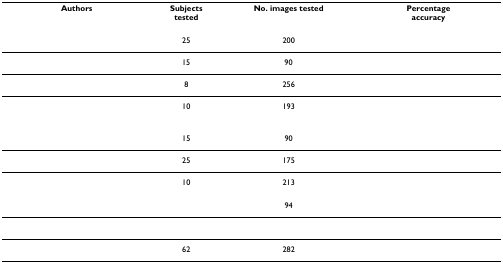
<table><thead><tr><td><b>Authors</b></td><td><b>Subjectstested</b></td><td><b>No. images tested</b></td><td><b>Percentageaccuracy</b></td></tr></thead><tbody><tr><td>[EMPTY_CELL]</td><td>25</td><td>200</td><td>[EMPTY_CELL]</td></tr><tr><td>[EMPTY_CELL]</td><td>15</td><td>90</td><td>[EMPTY_CELL]</td></tr><tr><td>[EMPTY_CELL]</td><td>8</td><td>256</td><td>[EMPTY_CELL]</td></tr><tr><td>[EMPTY_CELL]</td><td>10</td><td>193</td><td>[EMPTY_CELL]</td></tr><tr><td>[EMPTY_CELL]</td><td>15</td><td>90</td><td>[EMPTY_CELL]</td></tr><tr><td>[EMPTY_CELL]</td><td>25</td><td>175</td><td>[EMPTY_CELL]</td></tr><tr><td>[EMPTY_CELL]</td><td>10</td><td>213</td><td>[EMPTY_CELL]</td></tr><tr><td>[EMPTY_CELL]</td><td>[EMPTY_CELL]</td><td>94</td><td>[EMPTY_CELL]</td></tr><tr><td>[EMPTY_CELL]</td><td>[EMPTY_CELL]</td><td>[EMPTY_CELL]</td><td>[EMPTY_CELL]</td></tr><tr><td>[EMPTY_CELL]</td><td>62</td><td>282</td><td>[EMPTY_CELL]</td></tr></tbody></table>